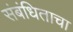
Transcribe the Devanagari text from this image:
संबंधिताचा